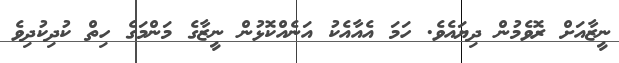
ނީޒާއަށް ރޮވެމުން ދިޔައެވެ. ހަމަ އެއާއެކު އަނެއްކޮޅުން ނީޒާގެ މަންމަގެ ހިތް ކުދިކުދިވެ